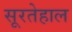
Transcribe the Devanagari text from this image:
सूरतेहाल